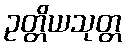
ဥတ္တိယသုတ္တ